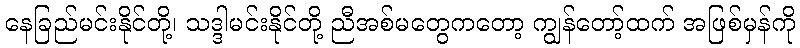
နေခြည်မင်းနိုင်တို့၊ သဒ္ဒါမင်းနိုင်တို့ ညီအစ်မတွေကတော့ ကျွန်တော့်ထက် အဖြစ်မှန်ကို